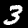
Digit: 3